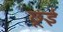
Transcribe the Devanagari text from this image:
छूई